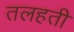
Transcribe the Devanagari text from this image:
तलहती